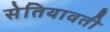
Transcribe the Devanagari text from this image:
सेतियावती